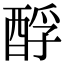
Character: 酻